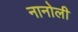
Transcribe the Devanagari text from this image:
नानोली